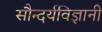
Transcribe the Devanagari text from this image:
सौन्दर्यविज्ञानी